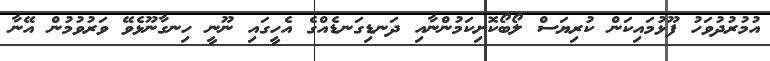
އުމުރުދުވަހު ފޫޅުމައިކަން ކުރިޔަސް ލޯބޯކޮށިކަމުންނާއި ދަނޑިގަނޑެއްގެ އެހީގައި ނޫނީ ހިނގާނޫޅެވޭ ވަރުވުމުން އޭނާ